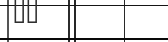
٩٨